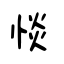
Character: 惔